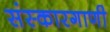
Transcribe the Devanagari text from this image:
संस्कारगाणी